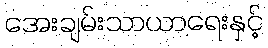
အေးချမ်းသာယာရေးနှင့်